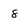
Character: 8